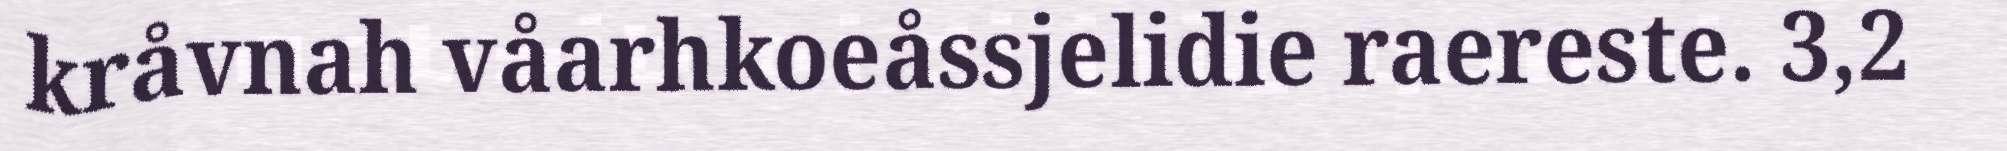
kråvnah våarhkoeåssjelidie raereste. 3,2